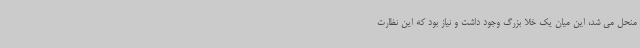
منحل می شد، این میان یک خلا بزرگ وجود داشت و نیاز بود که این نظارت